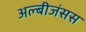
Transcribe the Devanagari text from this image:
अल्बीजंसस